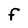
Character: F